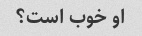
او خوب است؟